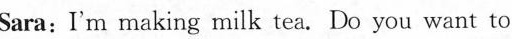
Sara:I'm making milk tea. Do you want to